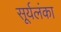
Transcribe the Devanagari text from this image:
सूर्यलंका